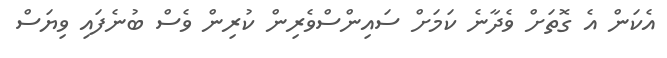
އެކަން އެ ގޮތަށް ވެދާނެ ކަމަށް ސައިންސްވެރިން ކުރިން ވެސް ބުނެފައި ވިޔަސް